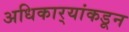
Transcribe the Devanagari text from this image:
अधिकार्‍यांकडून